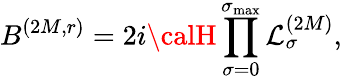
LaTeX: B^{(2M,r)}=2i{\calH}\prod_{\sigma=0}^{\sigma_{\operatorname*{max}}}\mathcal{L}_{\sigma}^{(2M)},